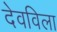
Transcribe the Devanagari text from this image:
देवविला